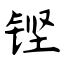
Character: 铿